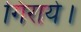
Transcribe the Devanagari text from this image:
गिराये।